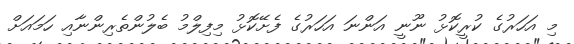
މި އަހަރުގެ ކުރީކޮޅު ނޫނީ އަންނަ އަހަރުގެ ފެށޭކޮޅު މިފިލްމު ބެލުންތެރިންނާއި ހަމައަށް